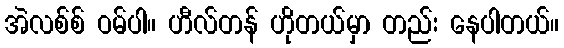
အဲလစ်စ် ဝမ်ပါ။ ဟီလ်တန် ဟိုတယ်မှာ တည်း နေပါတယ်။